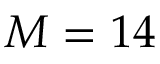
M = 1 4